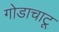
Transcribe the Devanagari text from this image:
गोडाचाटू